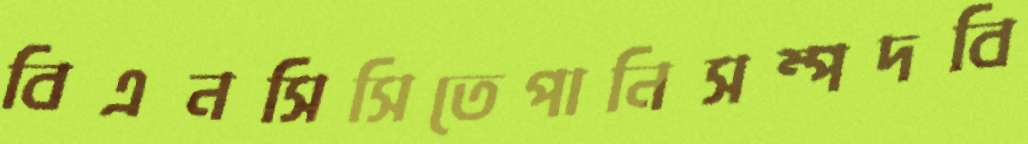
বিএনসিসিতেপানিসম্পদবি